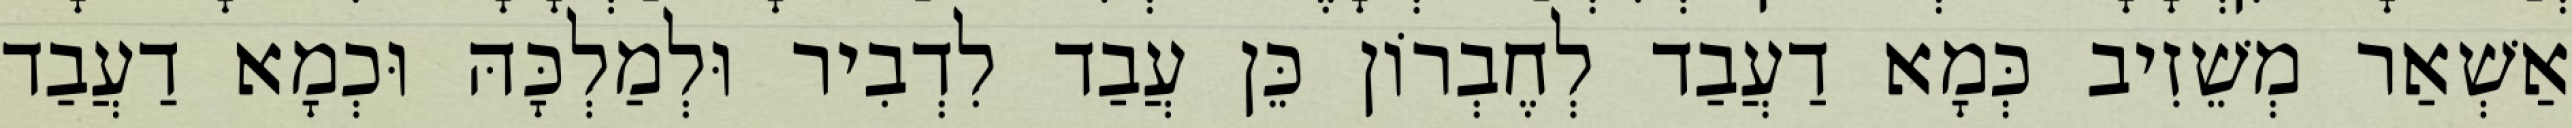
אַשְׁאַר מְשֵׁזִיב כְּמָא דַעֲבַד לְחֶבְרוֹן כֵּן עֲבַד לִדְבִיר וּלְמַלְכָּהּ וּכְמָא דַעֲבַד